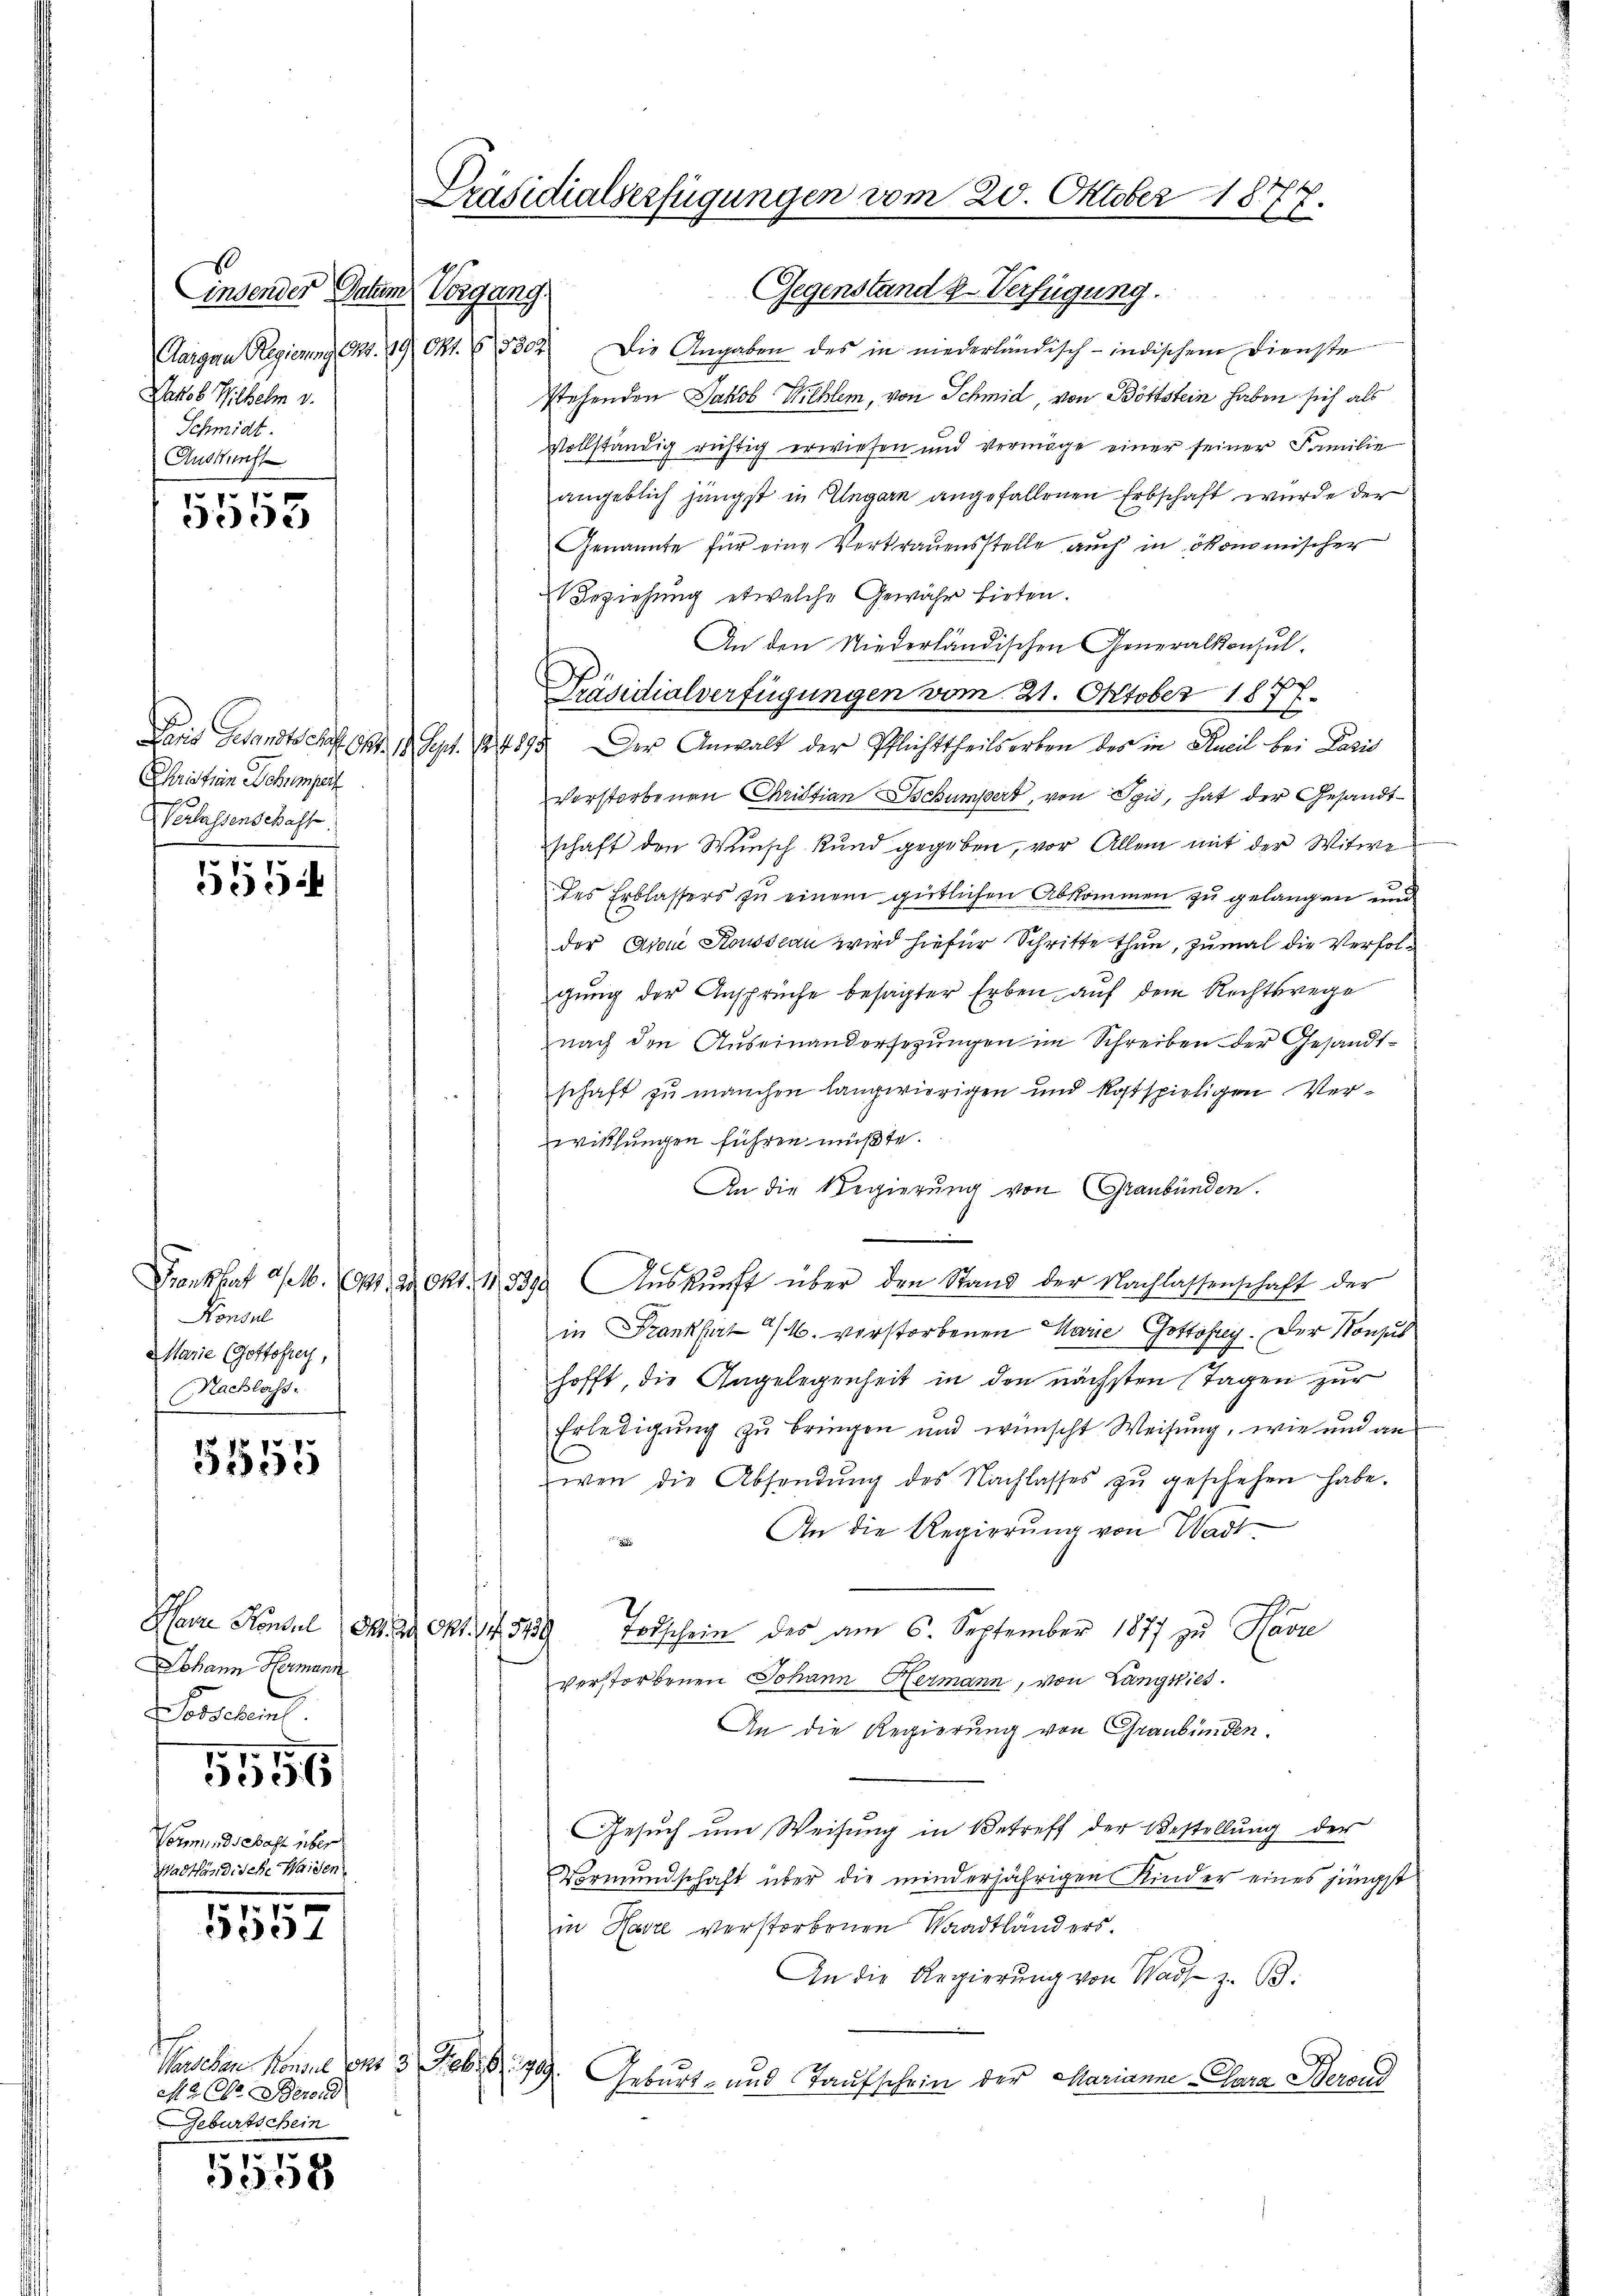
Einsender Datum Vorgang
Jakob Wilhelm v.
Schmidt.
Auskunste
.

1503

Christian Schumpert
Verlassenschaft.

5554

Konsul
Marie Gottofrey,
(Nachlass

5555

Johann Hermann
orsehen
10
5556
Vormunds Bast über
Wadtländische Waiden.
15

5307

Paschen Konsul vns
Malbe Berend
Geburtschein
1558

Präsidialserfügungen vom 20. Oktober 1877.

Gegenstand z. Verfügung.
Aargau Regierung Nr. 19 Okt. 1302) Die Angaben des in niederländisch-indischem Dienste
stehenden Jakob Willem, von Schmid, von Böttstein haben sich als
vollständig richtig erwiesen und vermöge einer seiner Familie
angeblich jüngst in Ungarn angefallenen Erbschaft wurde der
Genannte für eine Vertrauensstelle auch in ökonomischer
Beziehung etwelche Gewähr bieten.
An den Niederländischen Generalkonsul¬
Präsidialverfügungen vom 21. Oktober 1877.
f
Dies Gesandtschaft Okt. 1. Sept. 14895. Der Anwalt der Pflichttheilsorben des in Aneil bei Paris
Verstorbenen Christian schumpert, von Spis, hat der Gesandtschaft den Wunsch kund gegeben, vor Allein mit der Witwe
des Erblassers zu einem gütlichen Abkommen zu gelangen und
der Aron Rousseau wird hiefür Schritte thun, zumal die Verfolgung der Ansprüche besagter Erben, auf dem Rechtsrege
nach den Auseinandersezungen im Schreiben der Gesandtschaft zu manchen langwierigen und kostspieligen Verwithungen führen müßte.
An die Regierung von Graubünden.
.
Frankhat a/M. 91. 2. Okt. 18390. Aŭskŭnft über den Stand der Nachlassenschaft der
in Frankhat a/M. verstorbenen Marie Gottöhrg. Der Konsul
hofft, die Angelegenheit in den nächsten Tagen zur
Erledigung zu bringen und wünscht Weisung, wie und an
wen die Absendŭng des Nachlasses zŭ geschehen habe.
.
An die Regierung von Wadt
Heere Konsul . . 41. 4519 Todschein des am 6. September 1877 zu Havre
verstorbenen Johann Hermann, von Langwies.
An die Regierung von Graubünden.
Gesuch um Weisung in Betreff der Bestellung der
Vormundschaft über die minderjährigen Kinder eines jüngst
in Harze verstorbenen Waadtländers.
An die Regierung von Was z. B.
3 Feb. S. 79. Geburt und Taufschein der Marianne Gara Bere